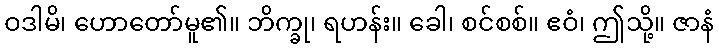
ဝဒါမိ၊ ဟောတော်မူ၏။ ဘိက္ခု၊ ရဟန်း။ ခေါ၊ စင်စစ်။ ဧဝံ၊ ဤသို့။ ဇာနံ